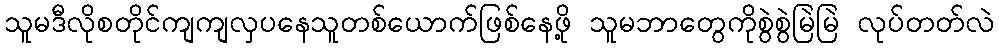
သူမဒီလိုစတိုင်ကျကျလှပနေသူတစ်ယောက်ဖြစ်နေဖို့ သူမဘာတွေကိုစွဲစွဲမြဲမြဲ လုပ်တတ်လဲ